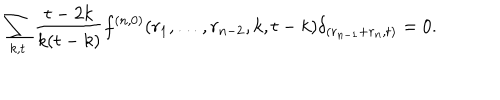
\sum _ { k , t } \frac { t - 2 k } { k ( t - k ) } f ^ { ( n , 0 ) } ( r _ { 1 } , \dots , r _ { n - 2 } , k , t - k ) \delta _ { ( r _ { n - 1 } + r _ { n } , t ) } = 0 .